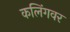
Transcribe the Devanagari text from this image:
कलिंगवर